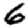
Digit: 6